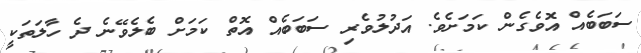
ސަބަބެއް އޮވެގެން ކަމަށެވެ. އަދުލުވެރި ސަބަބެއް އޮތް ކަމަށް ބެލެވޭނެ ދެ ހާލަތަކީ